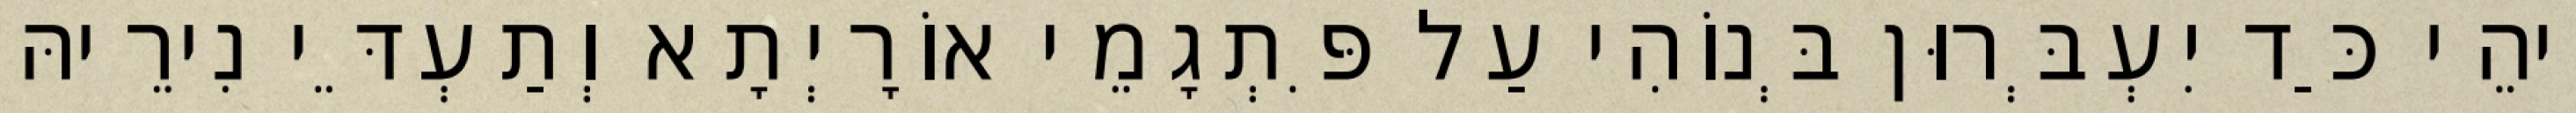
וִיהֵי כַּד יִעְבְּרוּן בְּנוֹהִי עַל פִּתְגָמֵי אוֹרָיְתָא וְתַעְדֵּי נִירֵיהּ